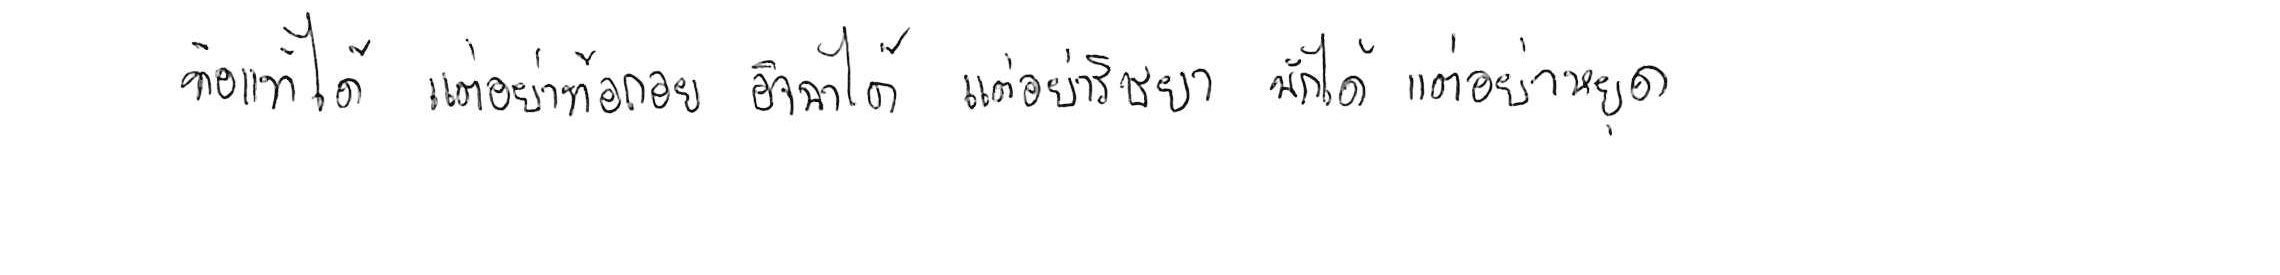
ท้อแท้ได้ แต่อย่าท้อถอย อิจฉาได้ แต่อย่าริษยา พักได้ แต่อย่าหยุด